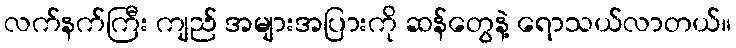
လက်နက်ကြီး ကျည် အများအပြားကို ဆန်တွေနဲ့ ရောသယ်လာတယ်။